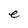
Character: e